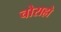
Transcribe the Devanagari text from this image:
चोराहो